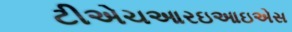
ટીએચઆરઇઆઇએસ